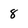
Character: 8